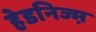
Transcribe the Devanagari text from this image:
हेडनिज्म़